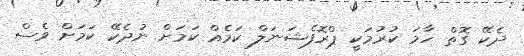
ދެކޭ ގޮތް ހާމަ ކުރުމަކީ ޕްރޮފެޝަނަލް ކަމެއް ކަމަށް ނުދެކޭ ކަމަށް ވެސް